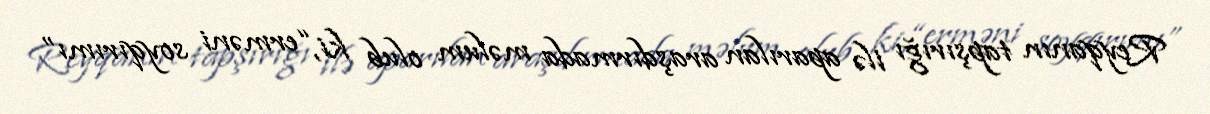
Reyqanın tapşırığı ilə aparılan araşdırmada məlum olub ki, “erməni soyqırımı”